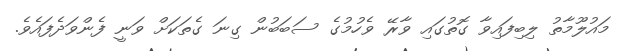
މައުލޫމާތު ލިބިފައިވާ ގޮތުގައި ވާރޭ ވެހުމުގެ ސަބަބުން ގިނަ ގެތަކަށް ވަނީ ފެންވަދެފައެވެ.